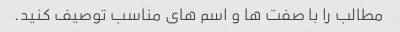
مطالب را با صفت ها و اسم های مناسب توصیف کنید.